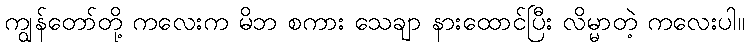
ကျွန်တော်တို့ ကလေးက မိဘ စကား သေချာ နားထောင်ပြီး လိမ္မာတဲ့ ကလေးပါ။